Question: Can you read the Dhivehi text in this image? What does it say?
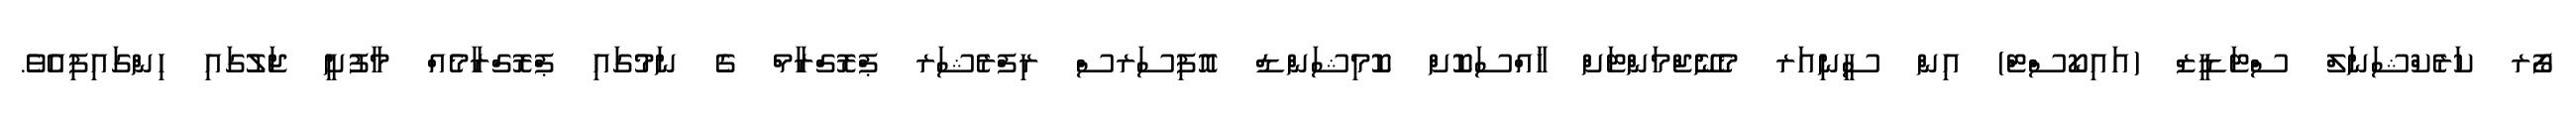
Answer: ފޯރ ކަރެކްޝަނަލް ސްޓަޑީޒް (އައިކޯސްޓް) އިން ސީނިއަރ މެނޭޖްމަންޓަށް ޚާއްސަކޮށް ކޮމިޝަންޑް އޮފިސަރސް ރިފްރެޝަރ ޕްރޮގްރާމް ގެ ނަމުގައި ޕްރޮގްރާމެއް މާފުށީ ޖަލުގައި ހިންގައިފިއެވެ.